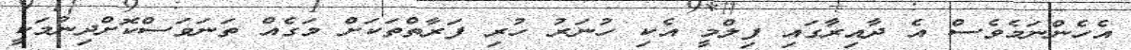
އެހެންނަމެވެސް އެ ދާއިރާގައި ފިލްމީ އެކި ހުނަރު ހުރި ފަރާތްތަކަށް މަގެއް ތަނަވަސްކޮށްދިނުމަކީ